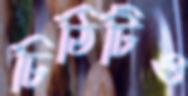
চিঠিটিও